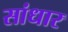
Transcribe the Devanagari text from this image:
सांधार